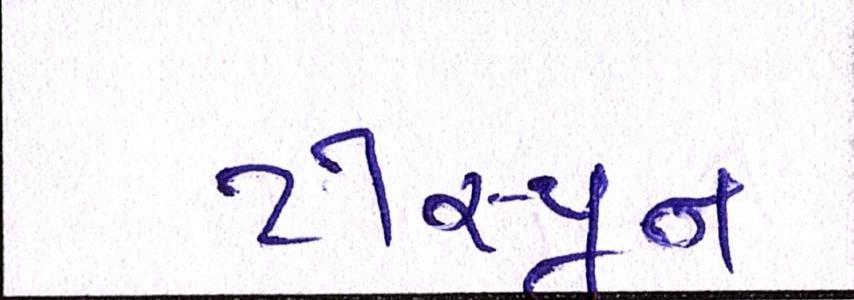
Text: ટીસ્પૂન